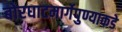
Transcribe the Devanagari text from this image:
बोरघाटमार्गेपुण्याकडे